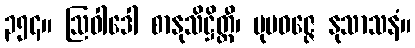
၃၅၄။ ဩဝါဒေါ စာနုသိဋ္ဌိတ္ထီ၊ ပုမဝဇ္ဇေ နုသာသနံ။